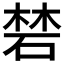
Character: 𥓙